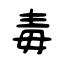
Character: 毒